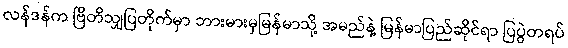
လန်ဒန်က ဗြိတိသျှပြတိုက်မှာ ဘားမားမှမြန်မာသို့ အမည်နဲ့ မြန်မာပြည်ဆိုင်ရာ ပြပွဲတရပ်